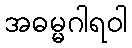
အဓမ္မဂါရဝါ